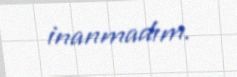
inanmadım.